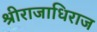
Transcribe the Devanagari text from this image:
श्रीराजाधिराज